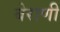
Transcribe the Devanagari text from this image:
बेराणी